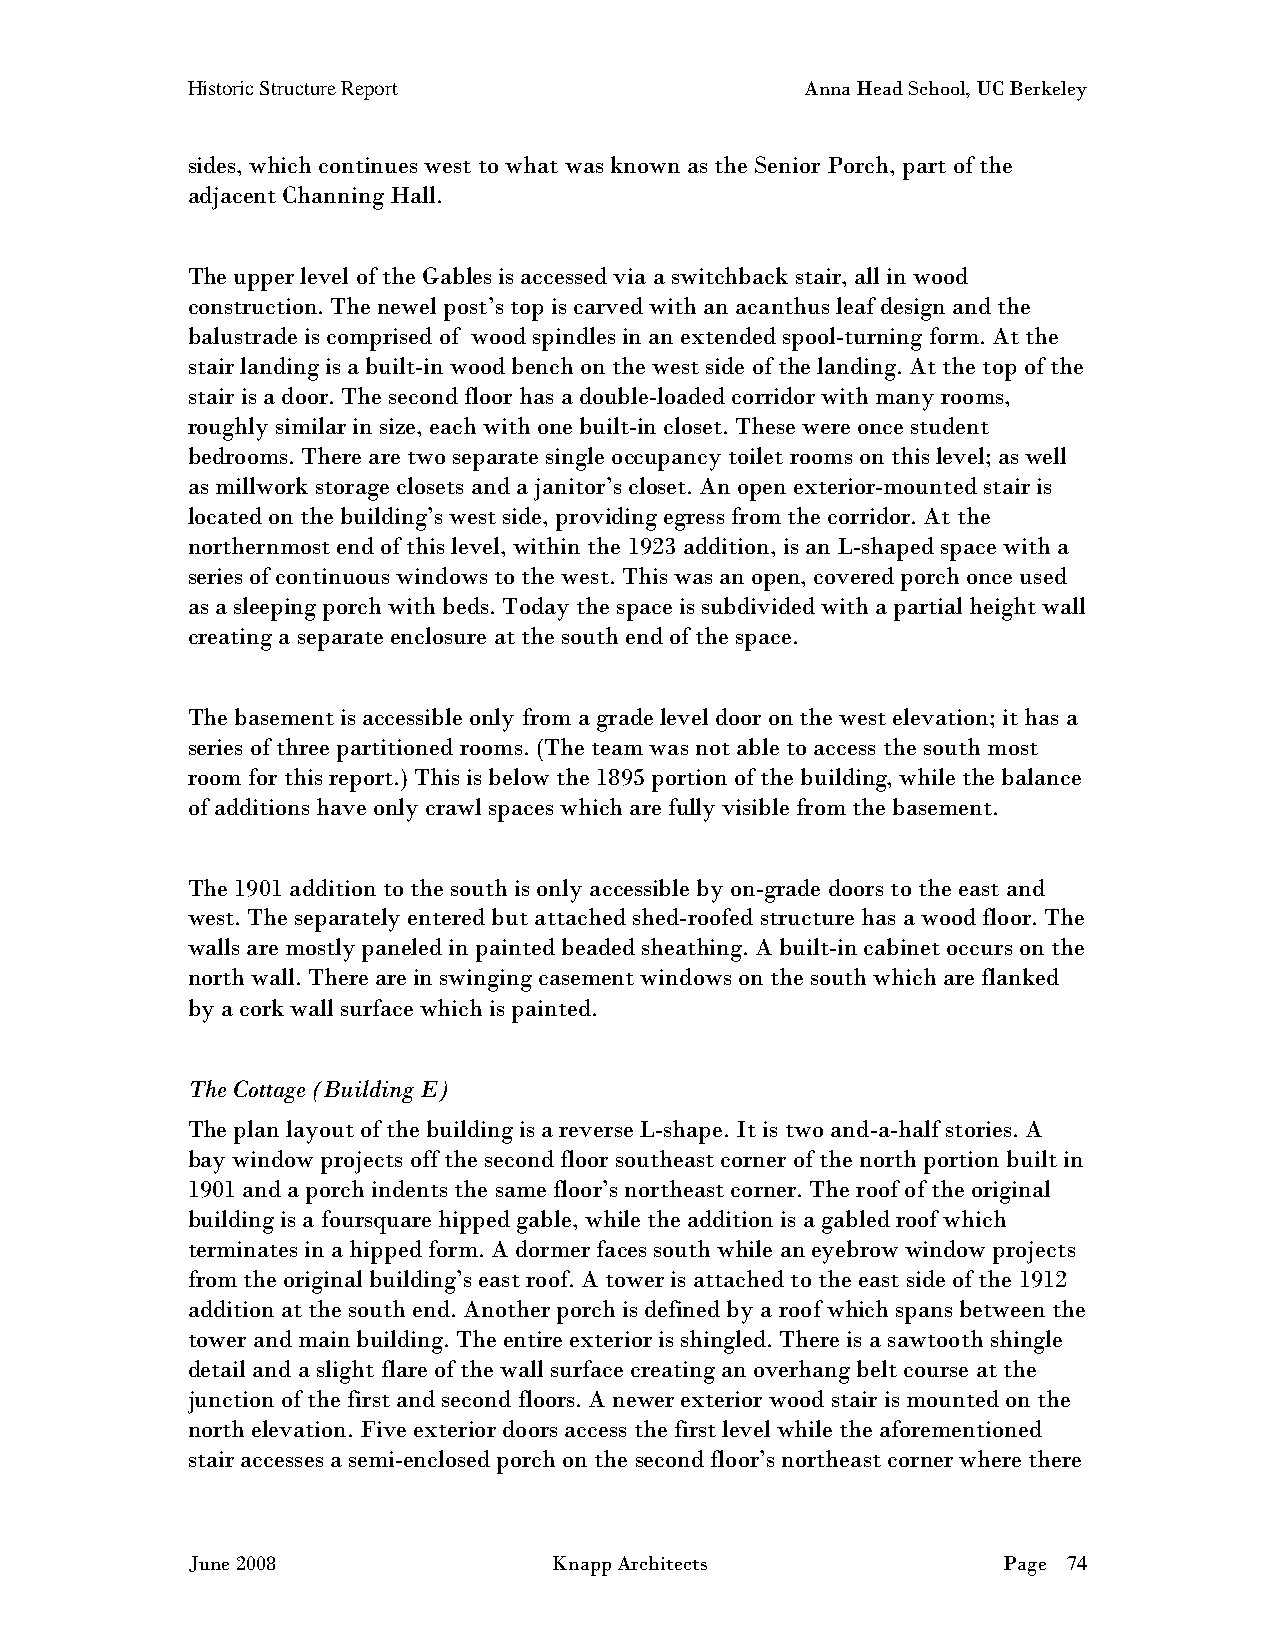
Historic Structure Report                Anna Head School, UC Berkeley
 sides, which continues west to what was known as the Senior Porch, part of the
 adjacent Channing Hall.
 The upper level of the Gables is accessed via a switchback stair, all in wood
 construction. The newel post’s top is carved with an acanthus leaf design and the
 balustrade is comprised of wood spindles in an extended spool-turning form. At the
 stair landing is a built-in wood bench on the west side of the landing. At the top of the
 stair is a door. The second floor has a double-loaded corridor with many rooms,
 roughly similar in size, each with one built-in closet. These were once student
 bedrooms. There are two separate single occupancy toilet rooms on this level; as well
 as millwork storage closets and a janitor’s closet. An open exterior-mounted stair is
 located on the building’s west side, providing egress from the corridor. At the
 northernmost end of this level, within the 1923 addition, is an L-shaped space with a
 series of continuous windows to the west. This was an open, covered porch once used
 as a sleeping porch with beds. Today the space is subdivided with a partial height wall
 creating a separate enclosure at the south end of the space.
 The basement is accessible only from a grade level door on the west elevation; it has a
 series of three partitioned rooms. (The team was not able to access the south most
 room for this report.) This is below the 1895 portion of the building, while the balance
 of additions have only crawl spaces which are fully visible from the basement.
 The 1901 addition to the south is only accessible by on-grade doors to the east and
 west. The separately entered but attached shed-roofed structure has a wood floor. The
 walls are mostly paneled in painted beaded sheathing. A built-in cabinet occurs on the
 north wall. There are in swinging casement windows on the south which are flanked
 by a cork wall surface which is painted.
 The Cottage (Building E)
 The plan layout of the building is a reverse L-shape. It is two and-a-half stories. A
 bay window projects off the second floor southeast corner of the north portion built in
 1901 and a porch indents the same floor’s northeast corner. The roof of the original
 building is a foursquare hipped gable, while the addition is a gabled roof which
 terminates in a hipped form. A dormer faces south while an eyebrow window projects
 from the original building’s east roof. A tower is attached to the east side of the 1912
 addition at the south end. Another porch is defined by a roof which spans between the
 tower and main building. The entire exterior is shingled. There is a sawtooth shingle
 detail and a slight flare of the wall surface creating an overhang belt course at the
 junction of the first and second floors. A newer exterior wood stair is mounted on the
 north elevation. Five exterior doors access the first level while the aforementioned
 stair accesses a semi-enclosed porch on the second floor’s northeast corner where there
 June 2008                Knapp Architects             Page 74